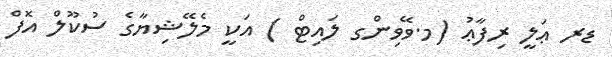
ޑރ ޢަލީ ރިފާޢު (މ.ވޭވިންގ ލައިޓް ) އަކީ މެލޭޝިޔާގެ ސުކޫލް އޮފް